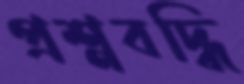
প্রশ্নবদ্ধি